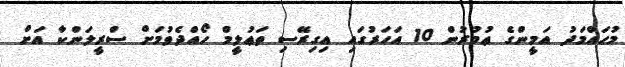
މުޙައްމަދު އަމީންގެ ޢުމުރުން 10 އަހަރުގައި އިގިރޭސި ތަޢުލީމް ހޯއްދެވުމަށް ސްރީލަންކާ އަށް